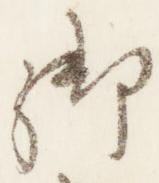
御